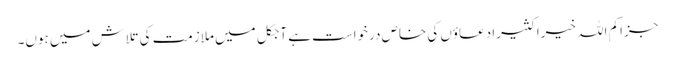
جزاکم اللہ خیرا کثیرا دعاؤں کی خاص درخواست ہے آجکل میں ملازمت کی تلاش میں ہوں۔